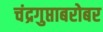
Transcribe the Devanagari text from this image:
चंद्रगुप्ताबरोबर